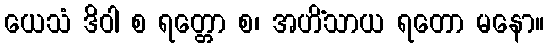
ယေသံ ဒိဝါ စ ရတ္တော စ၊ အဟိံသာယ ရတော မနော။